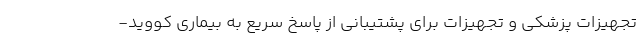
تجهیزات پزشکی و تجهیزات برای پشتیبانی از پاسخ سریع به بیماری کووید-